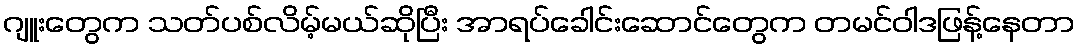
ဂျူးတွေက သတ်ပစ်လိမ့်မယ်ဆိုပြီး အာရပ်ခေါင်းဆောင်တွေက တမင်ဝါဒဖြန့်နေတာ